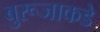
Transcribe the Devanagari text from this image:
बुरूजाकडे